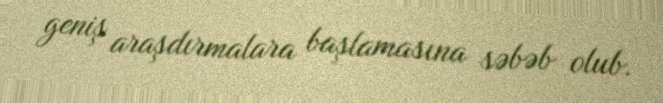
geniş araşdırmalara başlamasına səbəb olub.